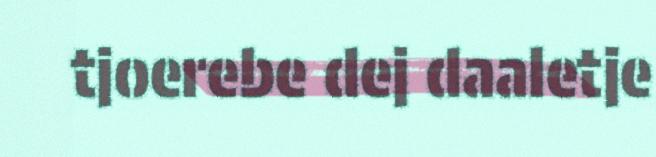
tjoerebe dej daaletje